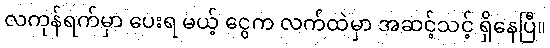
လကုန်ရက်မှာ ပေးရ မယ့် ငွေက လက်ထဲမှာ အဆင့်သင့် ရှိနေပြီ။